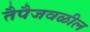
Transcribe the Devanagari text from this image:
तैपैजवळील